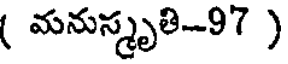
( మనుస్మృతి-97 )